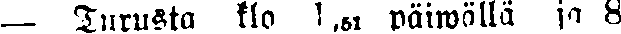
— Turusta klo 1,51 päiwällä ja 8